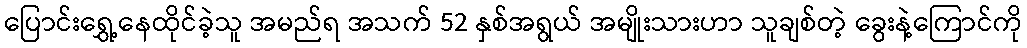
ပြောင်းရွှေ့နေထိုင်ခဲ့သူ အမည်ရ အသက် 52 နှစ်အရွယ် အမျိုးသားဟာ သူချစ်တဲ့ ခွေးနဲ့ကြောင်ကို